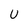
Character: U